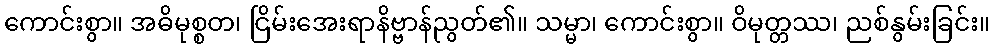
ကောင်းစွာ။ အဓိမုစ္စတ၊ ငြိမ်းအေးရာနိဗ္ဗာန်ညွတ်၏။ သမ္မာ၊ ကောင်းစွာ။ ဝိမုတ္တဿ၊ ညစ်နွမ်းခြင်း။